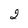
Character: 2